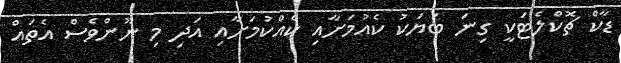
ޑާކް ޗޮކްލެޓަކީ ގިނަ ބަޔަކު ކެއުމަށާއި ކެއްކުމަށާއި އަދި މި ނޫންވެސް އެތައް